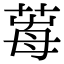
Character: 𦱞